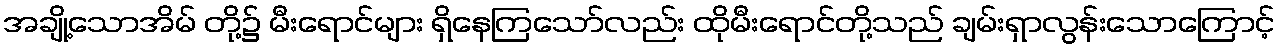
အချို့သောအိမ် တို့၌ မီးရောင်များ ရှိနေကြသော်လည်း ထိုမီးရောင်တို့သည် ချမ်းရှာလွန်းသောကြောင့်